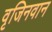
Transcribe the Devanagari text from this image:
वृजिनवान